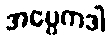
အပ္ပေကဒါ